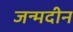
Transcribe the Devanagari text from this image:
जन्मदीन